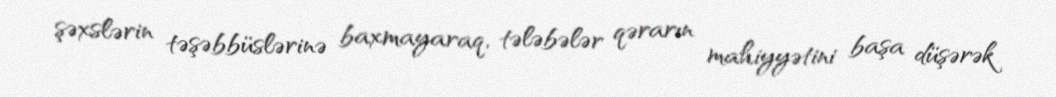
şəxslərin təşəbbüslərinə baxmayaraq, tələbələr qərarın mahiyyətini başa düşərək